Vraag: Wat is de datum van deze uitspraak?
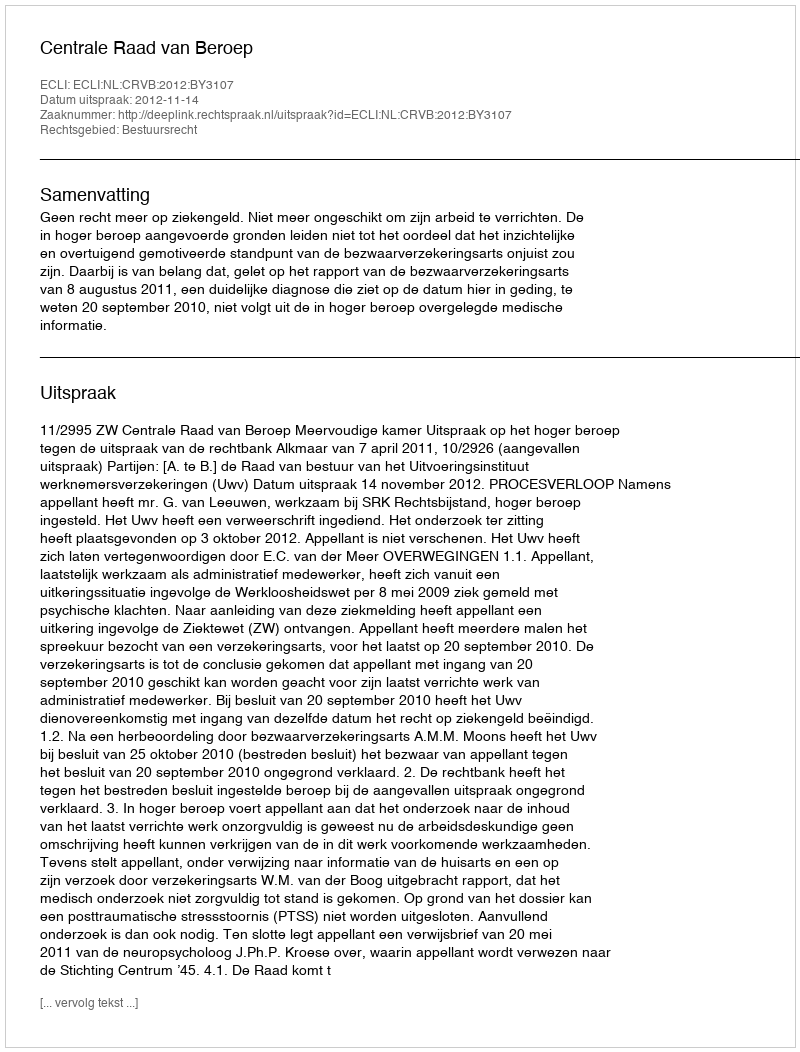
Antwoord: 2012-11-14